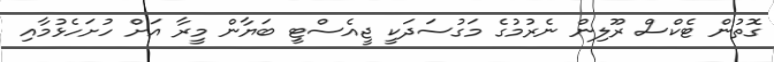
ގޮތުން ޓެކްސް ރޫލިން ނެރުމުގެ މަގުސަދަކީ ޖީއެސްޓީ ބަޔާން މީރާ އަށް ހުށަހެޅުމާއި